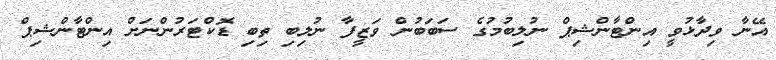
އޭނާ ވިދާޅުވީ އިންޓާންޝިޕް ނުލިބުމުގެ ސަބަބުން ވަޒީފާ ނުލިބި ތިބި ޑޮކްޓަރުންނަށް އިންޓާންޝިޕް